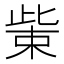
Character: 𭪿